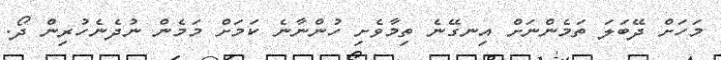
މަހަށް ދޭބަލަ ތަމެންނަށް އިނގޭނެ ތިމާވެށި ހުންނާނެ ކަމަށް މަމެން ނުދެނެހުރިން ދޯ.